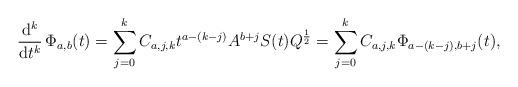
LaTeX: \begin{align*} \frac{\mathrm d^k}{\mathrm d t^k} \, \Phi_{a,b} (t)= \sum_{j=0}^k C_{a,j,k} t^{a -(k-j)} A^{b+j} S(t)Q^\frac{1}{2} = \sum_{j=0}^k C_{a,j,k} \Phi_{a-(k-j),b+j}(t), \end{align*}